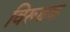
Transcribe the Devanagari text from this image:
विरूढ़क